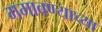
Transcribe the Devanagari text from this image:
गमावण्याच्या